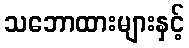
သဘောထားများနှင့်